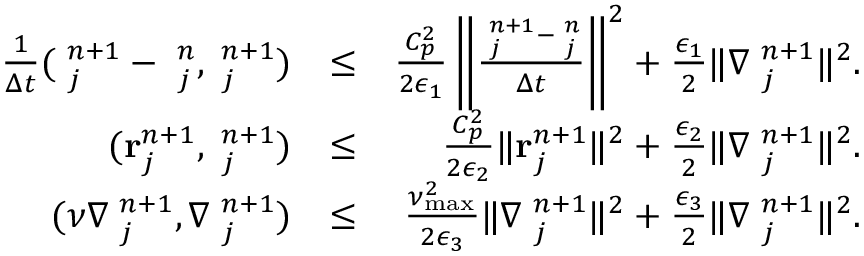
\begin{array} { r l r } { \frac { 1 } { \Delta t } ( { \bf \eta } _ { j } ^ { n + 1 } - { \bf \eta } _ { j } ^ { n } , { \bf \phi } _ { j } ^ { n + 1 } ) } & { \le } & { \frac { C _ { p } ^ { 2 } } { 2 \epsilon _ { 1 } } \left\| \frac { { \bf \eta } _ { j } ^ { n + 1 } - { \bf \eta } _ { j } ^ { n } } { \Delta t } \right\| ^ { 2 } + \frac { \epsilon _ { 1 } } { 2 } \| \nabla { \bf \phi } _ { j } ^ { n + 1 } \| ^ { 2 } . } \\ { ( { \bf r } _ { j } ^ { n + 1 } , { \bf \phi } _ { j } ^ { n + 1 } ) } & { \le } & { \frac { C _ { p } ^ { 2 } } { 2 \epsilon _ { 2 } } \| { \bf r } _ { j } ^ { n + 1 } \| ^ { 2 } + \frac { \epsilon _ { 2 } } { 2 } \| \nabla { \bf \phi } _ { j } ^ { n + 1 } \| ^ { 2 } . } \\ { ( \nu \nabla { \bf \eta } _ { j } ^ { n + 1 } , \nabla { \bf \phi } _ { j } ^ { n + 1 } ) } & { \le } & { \frac { { \nu } _ { \operatorname* { m a x } } ^ { 2 } } { 2 \epsilon _ { 3 } } \| \nabla { \bf \eta } _ { j } ^ { n + 1 } \| ^ { 2 } + \frac { \epsilon _ { 3 } } { 2 } \| \nabla { \bf \phi } _ { j } ^ { n + 1 } \| ^ { 2 } . } \end{array}